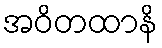
အဝိတထာနိ